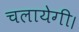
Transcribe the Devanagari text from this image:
चलायेगी।